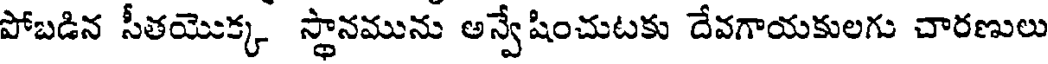
పోబడిన సీతయొక్క స్థానమును అన్వేషించుటకు దేవగాయకులగు చారణులు